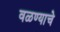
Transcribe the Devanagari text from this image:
वळण्याचे